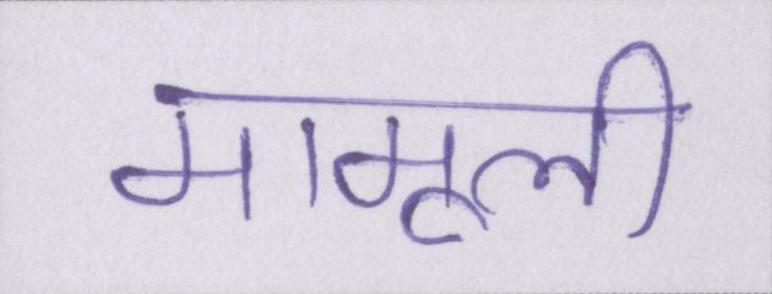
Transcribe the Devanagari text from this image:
मामूली